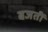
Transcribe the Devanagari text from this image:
बजतीं